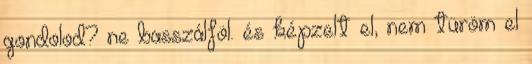
gondolod? ne basszálföl. és képzelt el, nem türöm el